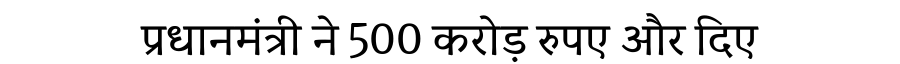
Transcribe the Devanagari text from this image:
प्रधानमंत्री ने 500 करोड़ रुपए और दिए